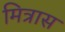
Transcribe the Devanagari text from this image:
मित्रास